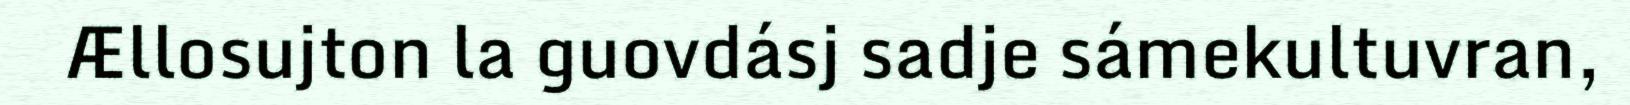
Ællosujton la guovdásj sadje sámekultuvran,